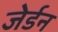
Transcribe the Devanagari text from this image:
जेर्डन